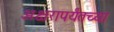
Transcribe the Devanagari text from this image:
अक्षरापर्यंतच्या